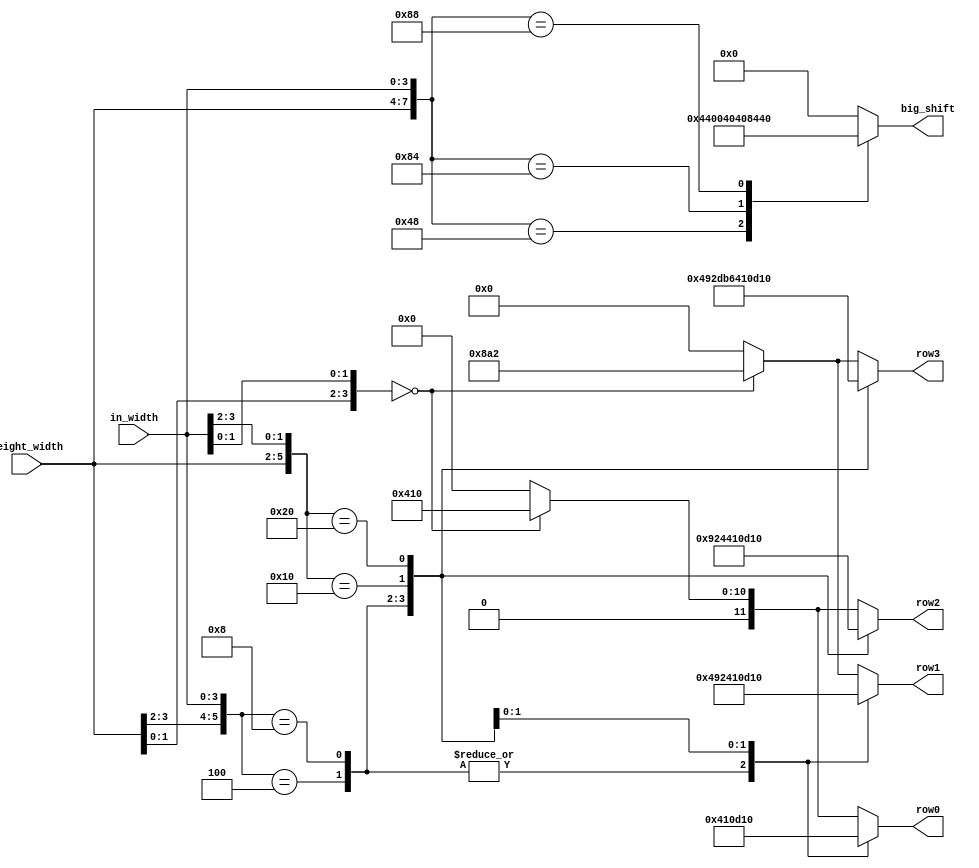
module shift_lookup (
    input [3:0] in_width,
    input [3:0] weight_width,
    output reg [11:0] row0,
    output reg [11:0] row1,
    output reg [11:0] row2,
    output reg [11:0] row3,
    output reg [15:0] big_shift
    );

    always @(*) begin

        casez ({weight_width, in_width})
            8'b00zz0100: begin
                        row0 = 12'b0;              //1x4, 2x4
                        row1 = 12'b010010010010;
                        row2 = 12'b0;
                        row3 = 12'b010010010010;
                        end
            8'b00zz1000: begin
                        row0 = 12'b0;             //1x8, 2x8
                        row1 = 12'b010010010010;
                        row2 = 12'b100100100100;
                        row3 = 12'b110110110110;
                        end
            8'b010000zz: 
                        begin
                        row0 = 12'b010000010000;  //4x1, 4x2
                        row1 = 12'b010000010000;
                        row2 = 12'b010000010000;
                        row3 = 12'b010000010000;
                        end
            8'b100000zz: begin
                        row0 = 12'b110100010000;  //8x1, 8x2 
                        row1 = 12'b110100010000;   
                        row2 = 12'b110100010000;   
                        row3 = 12'b110100010000;
                        end
            8'bzz00zz00: begin
                        row0 = 12'b010000010000;  //4x4, 4x8, 8x4, 8x8 
                        row1 = 12'b100010100010;
                        row2 = 12'b010000010000; 
                        row3 = 12'b100010100010;   
                        end                    
            default: begin
                    row0 = 12'b0; 
                    row1 = 12'b0;
                    row2 = 12'b0;
                    row3 = 12'b0;
                    end
        endcase


        case ({weight_width, in_width}) 
            8'b01001000: big_shift = 16'b0100010000000000; //4x8
            8'b10000100: big_shift = 16'b0100000001000000; //8x4
            8'b10001000: big_shift = 16'b1000010001000000; //8x8                      
            default: big_shift = 16'b0;
        endcase

    end

endmodule